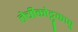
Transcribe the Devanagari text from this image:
तेचीकोट्टुकावु